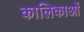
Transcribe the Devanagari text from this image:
कालिकाओं